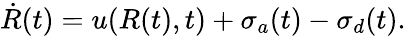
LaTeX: \dot{R}(t)=u(R(t),t)+\sigma_{a}(t)-\sigma_{d}(t).